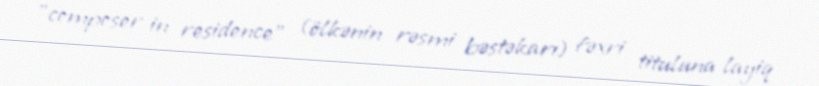
"composer in residence" (ölkənin rəsmi bəstəkarı) fəxri tituluna layiq